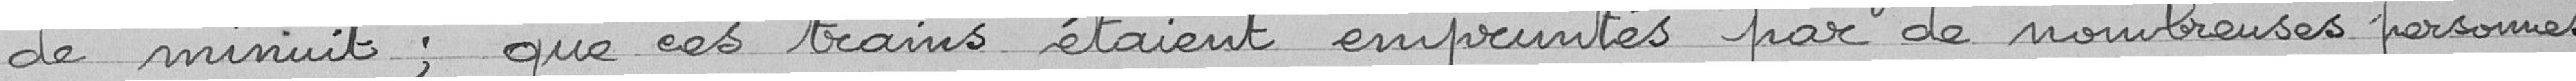
minuit ; que ces trains étaient empruntés par de nombreuses personnes